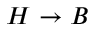
H \rightarrow B